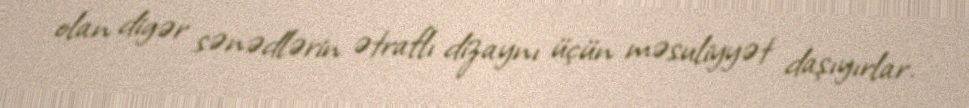
olan digər sənədlərin ətraflı dizaynı üçün məsuliyyət daşıyırlar.